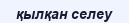
қылқан селеу